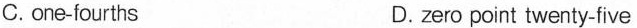
C. one-fourths D.zero point twenty-five